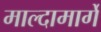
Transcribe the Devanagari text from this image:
माल्दामार्गे